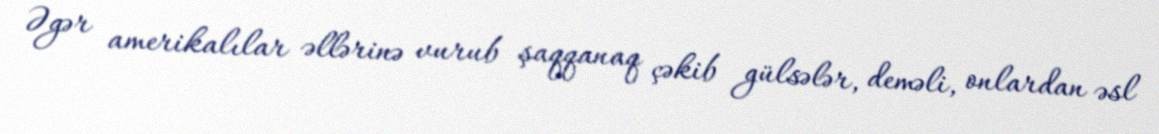
Əgər amerikalılar əllərinə vurub şaqqanaq çəkib gülsələr, deməli, onlardan əsl